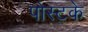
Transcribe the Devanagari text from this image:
पोस्टके